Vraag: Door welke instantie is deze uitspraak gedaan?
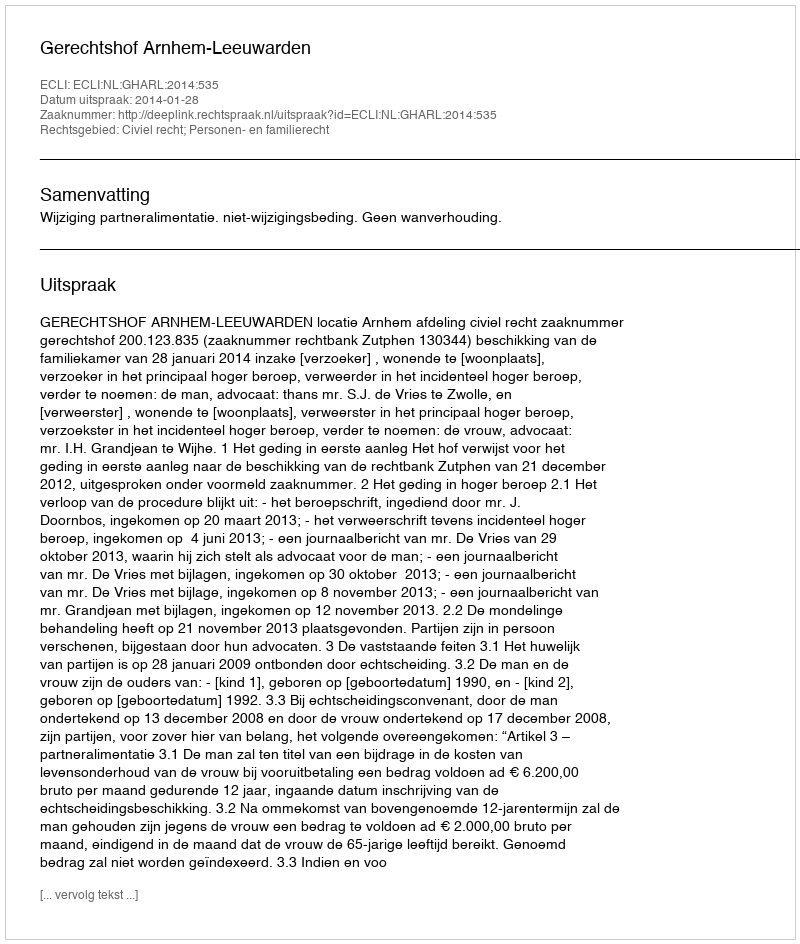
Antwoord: Gerechtshof Arnhem-Leeuwarden